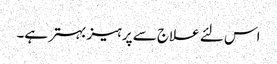
اس لئے علاج سے پرہیز بہتر ہے۔